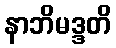
နာဘိမဒ္ဒတိ